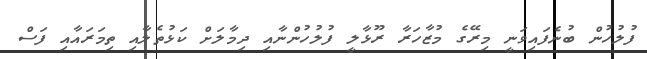
ފުލުހުން ބުނެފައިވަނީ މިރޭގެ މުޒާހަރާ ރޫޅާލީ ފުލުހުންނާއި ދިމާލަށް ކަޅުތެލާއި ތިމަރައާއި ފަސް